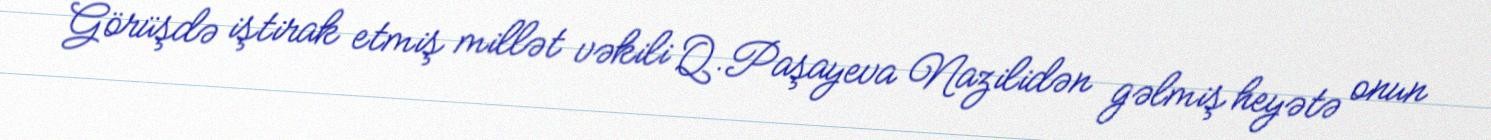
Görüşdə iştirak etmiş millət vəkili Q.Paşayeva Nazilidən gəlmiş heyətə onun